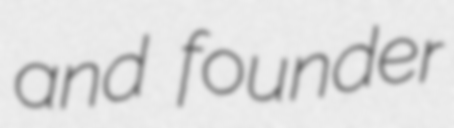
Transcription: and founder